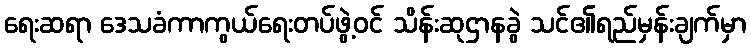
ရေးဆရာ ဒေသခံကာကွယ်ရေးတပ်ဖွဲ့ဝင် သိန်းဆုဌာနခွဲ သင်၏ရည်မှန်းချက်မှာ